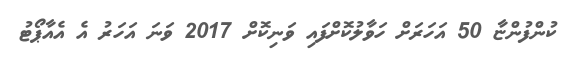
ކުންފުންޏާ 50 އަހަރަށް ހަވާލުކޮށްފައި ވަނިކޮށް 2017 ވަނަ އަހަރު އެ އެއާޕޯޓު